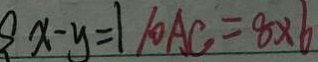
x - y = 1 1 0 A C = 8 \times 6